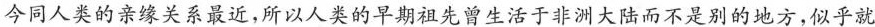
今同人类的亲缘关系最近，所以人类的早期祖先曾生活于非洲大陆而不是别的地方，似乎就